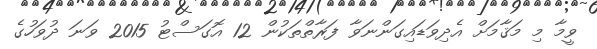
ވީމާ މި މަޤާމަށް އެދިވަޑައިގަންނަވާ ފަރާތްތަކުން 12 އޮގަސްޓު 2015 ވަނަ ދުވަހުގެ